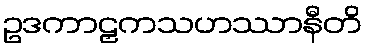
ဥဒကာဠှကသဟဿာနီတိ